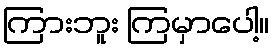
ကြားဘူး ကြမှာပေါ့။